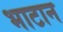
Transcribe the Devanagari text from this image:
भाटान